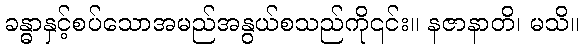
ခန္ဓာနှင့်စပ်သောအမည်အနွယ်စသည်ကို၎င်း။ နဇာနာတိ၊ မသိ။